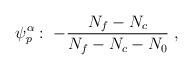
LaTeX: \begin{align*}\psi_p^{\alpha}: \; -\frac{N_f - N_c}{N_f - N_c - N_0}\;,\end{align*}